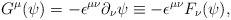
\begin{align*}G^{\mu}(\psi)=-{\epsilon}^{{\mu}{\nu}}{\partial}_{\nu}{\psi}\equiv-{\epsilon}^{{\mu}{\nu}}F_{\nu}(\psi),\end{align*}